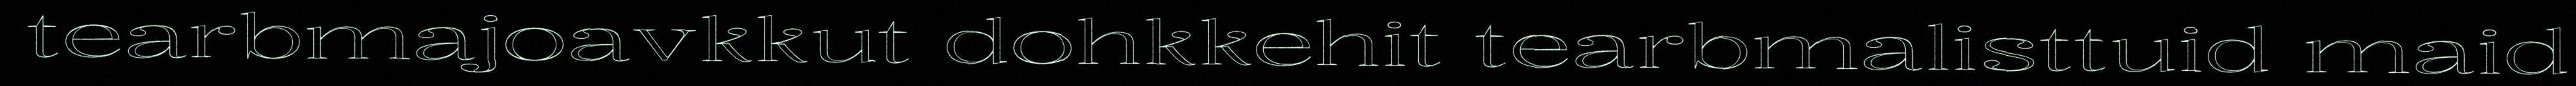
tearbmajoavkkut dohkkehit tearbmalisttuid maid